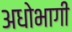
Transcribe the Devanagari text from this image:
अधोभागी